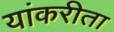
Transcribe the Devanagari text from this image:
यांकरीता